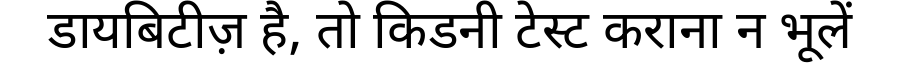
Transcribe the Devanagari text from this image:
डायबिटीज़ है, तो किडनी टेस्ट कराना न भूलें